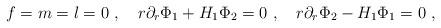
LaTeX: \begin{align*}f=m=l=0 \ , \ \ \ r \partial_r \Phi_1 + H_1 \Phi_2 =0 \ , \ \ \ r \partial_r \Phi_2 - H_1 \Phi_1 =0 \ , \end{align*}